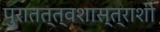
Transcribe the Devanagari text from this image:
पुरातत्त्वशास्त्राशी